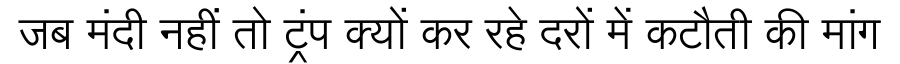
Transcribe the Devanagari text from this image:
जब मंदी नहीं तो ट्रंप क्यों कर रहे दरों में कटौती की मांग